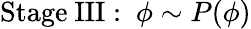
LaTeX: {\mathrm{Stage~III:~}}\phi\sim P(\phi)